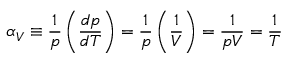
\alpha _ { V } \equiv { \frac { 1 } { p } } \left( { \frac { d p } { d T } } \right) = { \frac { 1 } { p } } \left( { \frac { 1 } { V } } \right) = { \frac { 1 } { p V } } = { \frac { 1 } { T } }